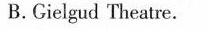
B.Gielgud Theatre.